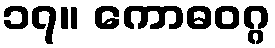
၁၇။ ကောဓဝဂ္ဂ